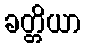
ခတ္တိယာ